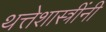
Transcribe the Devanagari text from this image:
थत्तेशास्त्रींनी